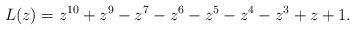
LaTeX: \begin{align*}L(z)=z^{10}+z^9-z^7-z^6-z^5-z^4-z^3+z+1.\end{align*}